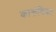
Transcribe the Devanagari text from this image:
कालंबिका